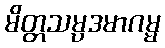
မိတ္တသမ္ပဒမာဂမ္မ